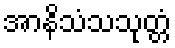
အာနိသံသသုတ္တံ